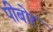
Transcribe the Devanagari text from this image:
पीबोर